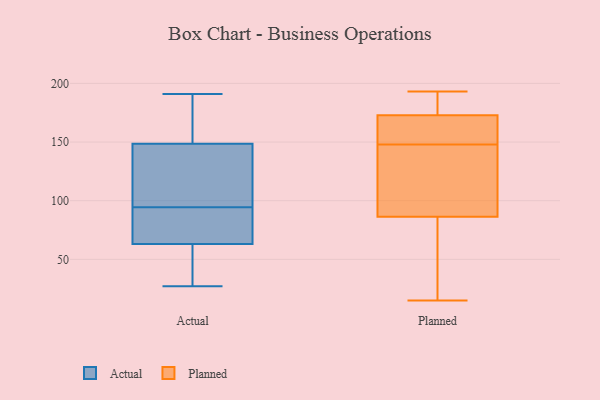
{"axis": {"x": "Conversion Rate (%)", "y": "Value"}, "legend": ["Actual", "Planned"], "data": [{"x": "", "y": 85, "type": "Actual"}, {"x": "", "y": 104, "type": "Actual"}, {"x": "", "y": 191, "type": "Actual"}, {"x": "", "y": 69, "type": "Actual"}, {"x": "", "y": 110, "type": "Actual"}, {"x": "", "y": 83, "type": "Actual"}, {"x": "", "y": 176, "type": "Actual"}, {"x": "", "y": 27, "type": "Actual"}, {"x": "", "y": 123, "type": "Actual"}, {"x": "", "y": 57, "type": "Actual"}, {"x": "", "y": 174, "type": "Actual"}, {"x": "", "y": 47, "type": "Actual"}, {"x": "", "y": 15, "type": "Planned"}, {"x": "", "y": 148, "type": "Planned"}, {"x": "", "y": 173, "type": "Planned"}, {"x": "", "y": 55, "type": "Planned"}, {"x": "", "y": 172, "type": "Planned"}, {"x": "", "y": 126, "type": "Planned"}, {"x": "", "y": 189, "type": "Planned"}, {"x": "", "y": 135, "type": "Planned"}, {"x": "", "y": 193, "type": "Planned"}, {"x": "", "y": 73, "type": "Planned"}, {"x": "", "y": 158, "type": "Planned"}]}